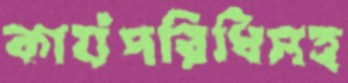
কার্যপরিধিসহ